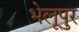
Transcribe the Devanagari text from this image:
भेलूपुर